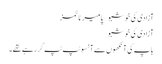
آزادی کی خوشبو – پامیر ٹائمز
آزادی کی خوشبو
باپ کی آنکھوں سے آنسو ٹپ ٹپ گر رہے تھے۔